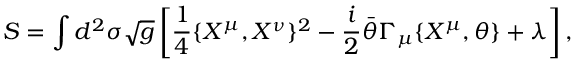
S = \int d ^ { 2 } \sigma \sqrt { g } \left[ \frac { 1 } { 4 } \{ X ^ { \mu } , X ^ { \nu } \} ^ { 2 } - \frac { i } { 2 } \bar { \theta } \Gamma _ { \mu } \{ X ^ { \mu } , \theta \} + \lambda \right] ,